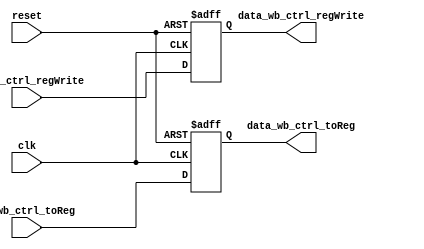
// 
//  1. 
//  2. 
module mem_wb_ctrl (
    input   clk,
    input   reset,
    input   in_wb_ctrl_toReg,
    input   in_wb_ctrl_regWrite,

    output  data_wb_ctrl_toReg,
    output  data_wb_ctrl_regWrite
);

    //  wb_ctrl_toReg
    //  1. 1
    reg reg_wb_ctrl_toReg;

    //  wb_ctrl_regWrite1
    reg reg_wb_ctrl_regWrite;

    assign data_wb_ctrl_toReg = reg_wb_ctrl_toReg;
    assign data_wb_ctrl_regWrite = reg_wb_ctrl_regWrite;

    always @(posedge clk or posedge reset) begin
        if (reset) begin
            reg_wb_ctrl_toReg <= 1'h0;
        end else begin
            reg_wb_ctrl_toReg <= in_wb_ctrl_toReg;
        end
    end

    always @(posedge clk or posedge reset) begin
        if (reset) begin
            reg_wb_ctrl_regWrite <= 1'h0;
        end else begin
            reg_wb_ctrl_regWrite <= in_wb_ctrl_regWrite; 
        end
    end
    
endmodule